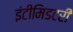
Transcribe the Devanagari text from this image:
इंटीमिडटरी